Civil Veterinary Dept. Bombay admin report 1914-1922 - 1914-1922
Year: 1914
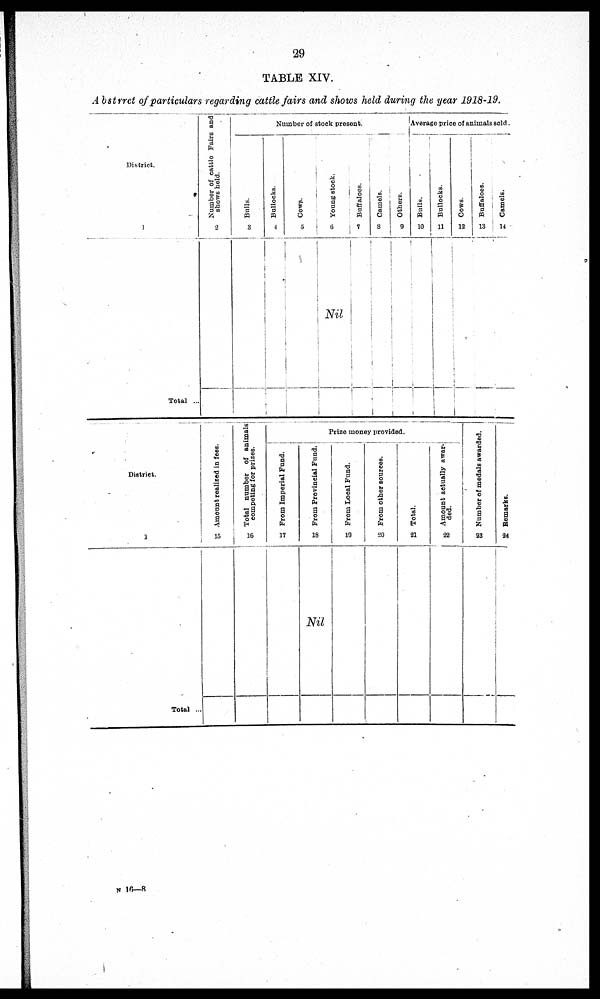
29
TABLE XIV.
Abstrrct of particulars regarding cattle fairs and shows held during the year 1918-19.
District.
1
Total ...
Number of cattle Fairs and
shows held.
2
Number of stock present.
Bulls.
3
Bullocks.
4
Cows.
5
Young stock.
6
Nil
Buffaloes.
7
Camels.
8
Others.
9
Average price of animals sold.
Bulls.
10
Bullocks.
11
Cows.
12
Buffaloes.
13
Camels.
14
District.
1
Total ...
Amount realised in f ees.
15
Total number of animals
competing for prizes.
16
Prize money provided.
From Imperial
Fund.
17
From Provincial Fund.
18
Nil
From Local Fund.
10
From other sources.
20
Total.
81
Amount actually awar-
ded.
22
Number of medals awarded.
23
Remarks.
24
N 16—8